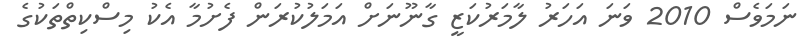
ނަމަވެސް 2010 ވަނަ އަހަރު ލާމަރުކަޒީ ގާނޫނަށް އަމަލުކުރަން ފެށުމާ އެކު މިސްކިތްތަކުގެ